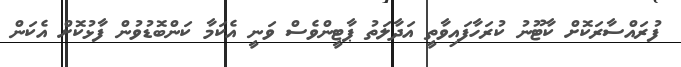
ފުރައްސާރަކޮށް ކާޓޫނު ކުރަހާފައިވާތީ އަދާލަތު ޕާޓީންވެސް ވަނީ އެކަމާ ކަންބޮޑުވުން ފާޅުކޮށް އެކަން